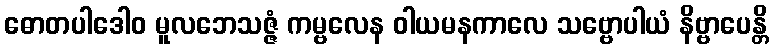
ဓောတပါဒေါဝ မူလဘေသဇ္ဇံ ကမ္ဗလေန ဝါယမနကာလေ သဗ္ဗောပါယံ နိဗ္ဗာပေန္တိ